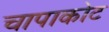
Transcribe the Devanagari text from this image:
चापाकोट